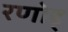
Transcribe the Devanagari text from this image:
रणोड्